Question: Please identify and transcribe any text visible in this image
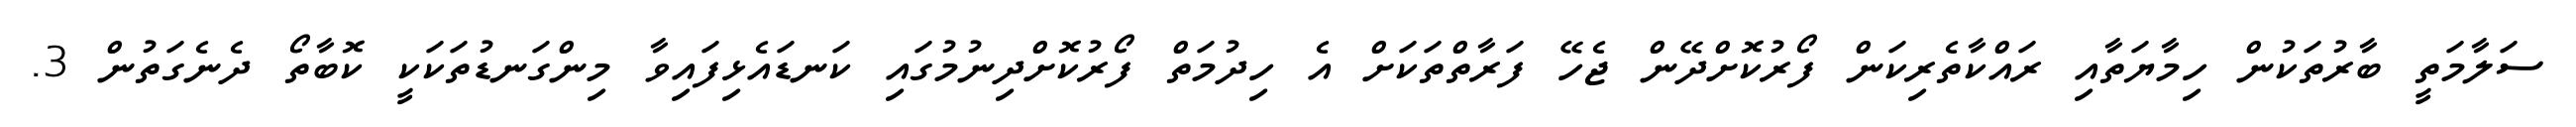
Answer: ސަލާމަތީ ބާރުތަކުން ހިމާޔަތާއި ރައްކާތެރިކަން ފޯރުކޮށްދޭން ޖެހޭ ފަރާތްތަކަށް އެ ހިދުމަތް ފޯރުކޮށްދިނުމުގައި ކަނޑައެޅިފައިވާ މިންގަނޑުތަކަކީ ކޮބާތޯ ދެނެގަތުން 3.